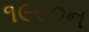
૧૯૯૦ન